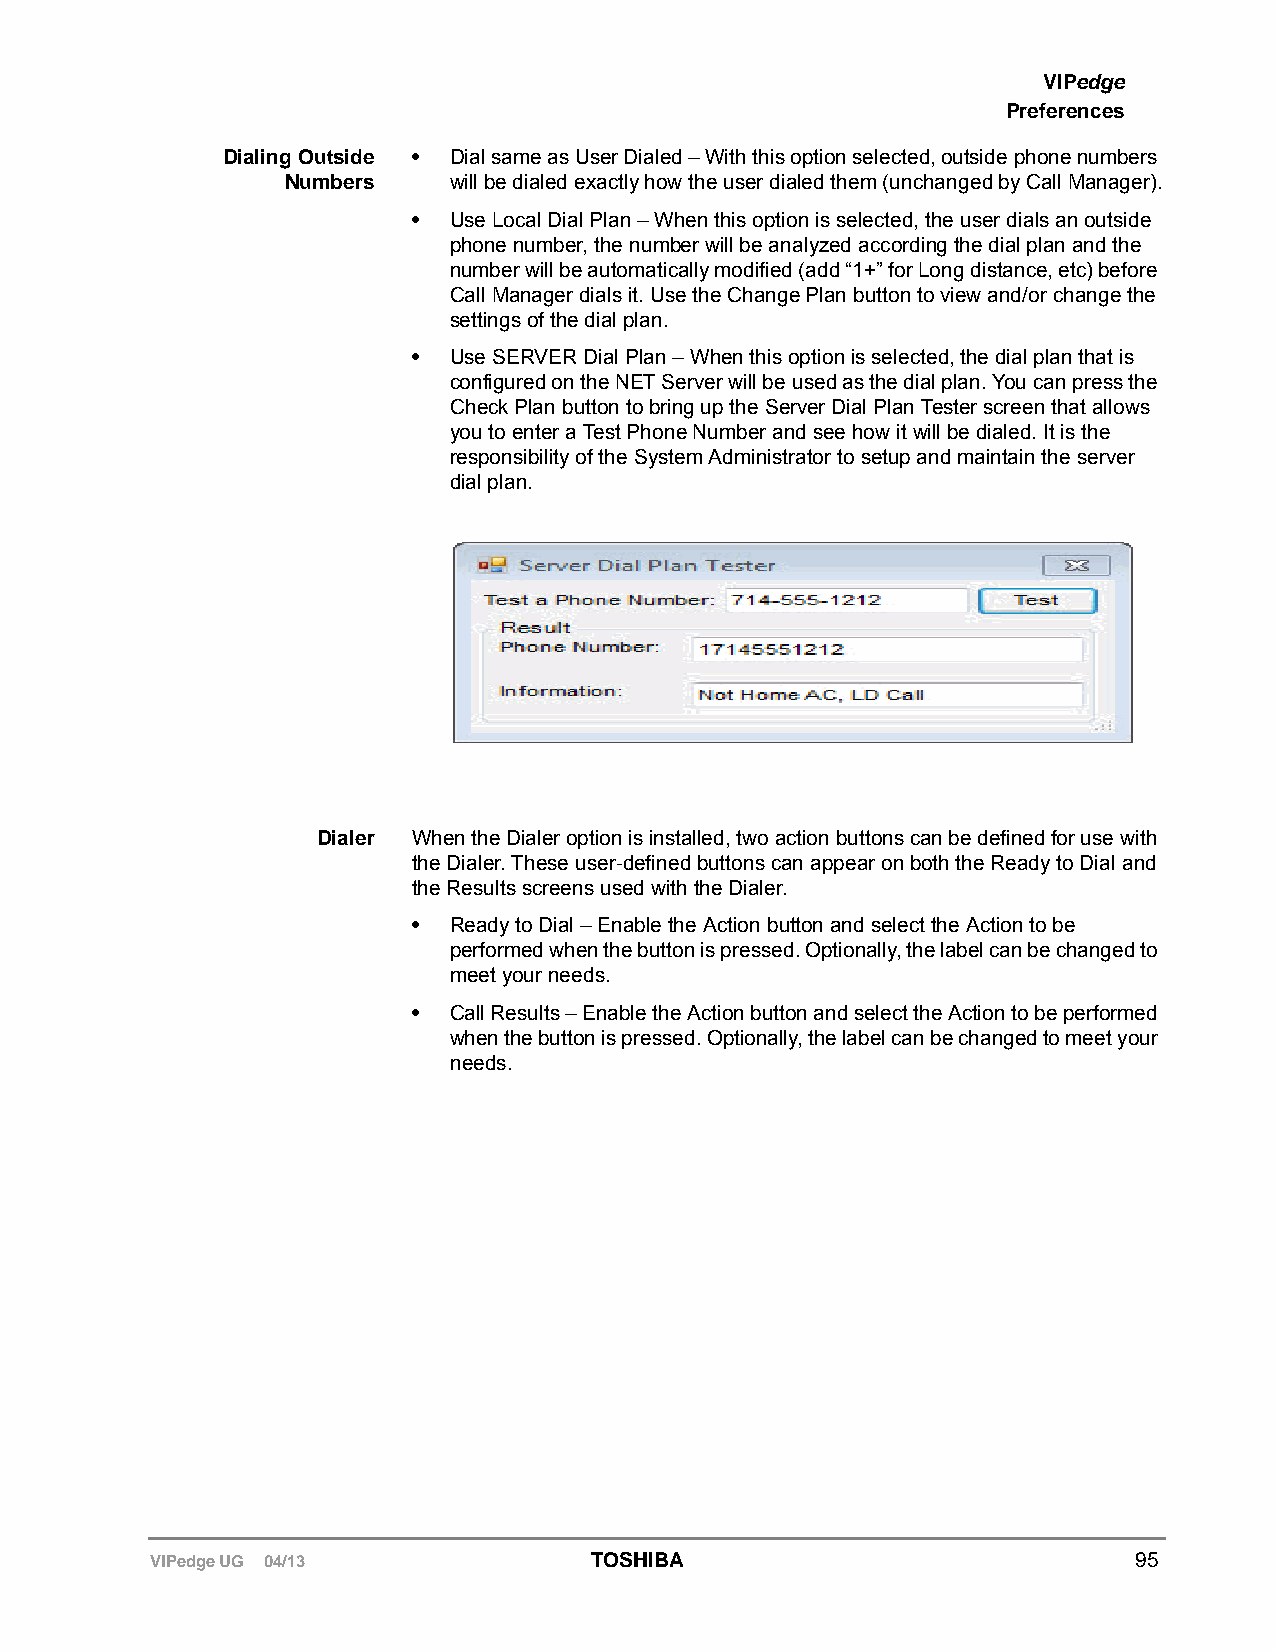
VIPedge
 Preferences
 Dialing Outside • Dial same as User Dialed – With this option selected, outside phone numbers
 Numbers    will be dialed exactly how the user dialed them (unchanged by Call Manager).
 •  Use Local Dial Plan – When this option is selected, the user dials an outside
 phone number, the number will be analyzed according the dial plan and the
 number will be automatically modified (add “1+” for Long distance, etc) before
 Call Manager dials it. Use the Change Plan button to view and/or change the
 settings of the dial plan.
 •  Use SERVER Dial Plan – When this option is selected, the dial plan that is
 configured on the NET Server will be used as the dial plan. You can press the
 Check Plan button to bring up the Server Dial Plan Tester screen that allows
 you to enter a Test Phone Number and see how it will be dialed. It is the
 responsibility of the System Administrator to setup and maintain the server
 dial plan.
 Dialer When the Dialer option is installed, two action buttons can be defined for use with
 the Dialer. These user-defined buttons can appear on both the Ready to Dial and
 the Results screens used with the Dialer.
 •  Ready to Dial – Enable the Action button and select the Action to be
 performed when the button is pressed. Optionally, the label can be changed to
 meet your needs.
 •  Call Results – Enable the Action button and select the Action to be performed
 when the button is pressed. Optionally, the label can be changed to meet your
 needs.
 VIPedge UG 04/13             TOSHIBA                             95